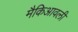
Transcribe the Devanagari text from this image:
मैकिआवली